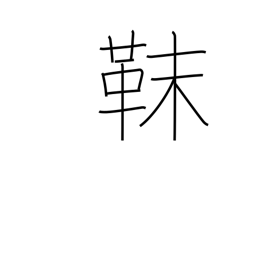
Meaning: Tungusic tribe